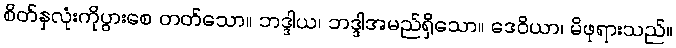
စိတ်နှလုံးကိုပွားစေ တတ်သော။ ဘဒ္ဒါယ၊ ဘဒ္ဒါအမည်ရှိသော။ ဒေဝိယာ၊ မိဖုရားသည်။